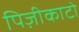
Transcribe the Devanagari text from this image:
पिज़ीकाटो